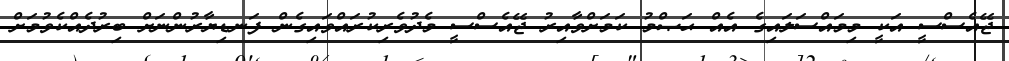
ޖޭއެސްސީ އަކީ މިމައްސަލައިގެ އެއް ޙަޞްމު ކަމަށްވާއިރު ޖޭއެސްސީ މެދުވެރިކުރައްވައިގެން ފަނޑިޔާރުންނަށް ބިރުދެއްކެވުމަށް